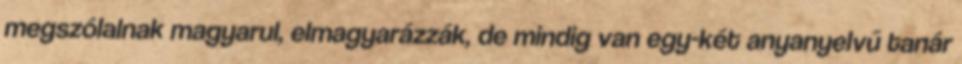
megszólalnak magyarul, elmagyarázzák, de mindig van egy-két anyanyelvű tanár